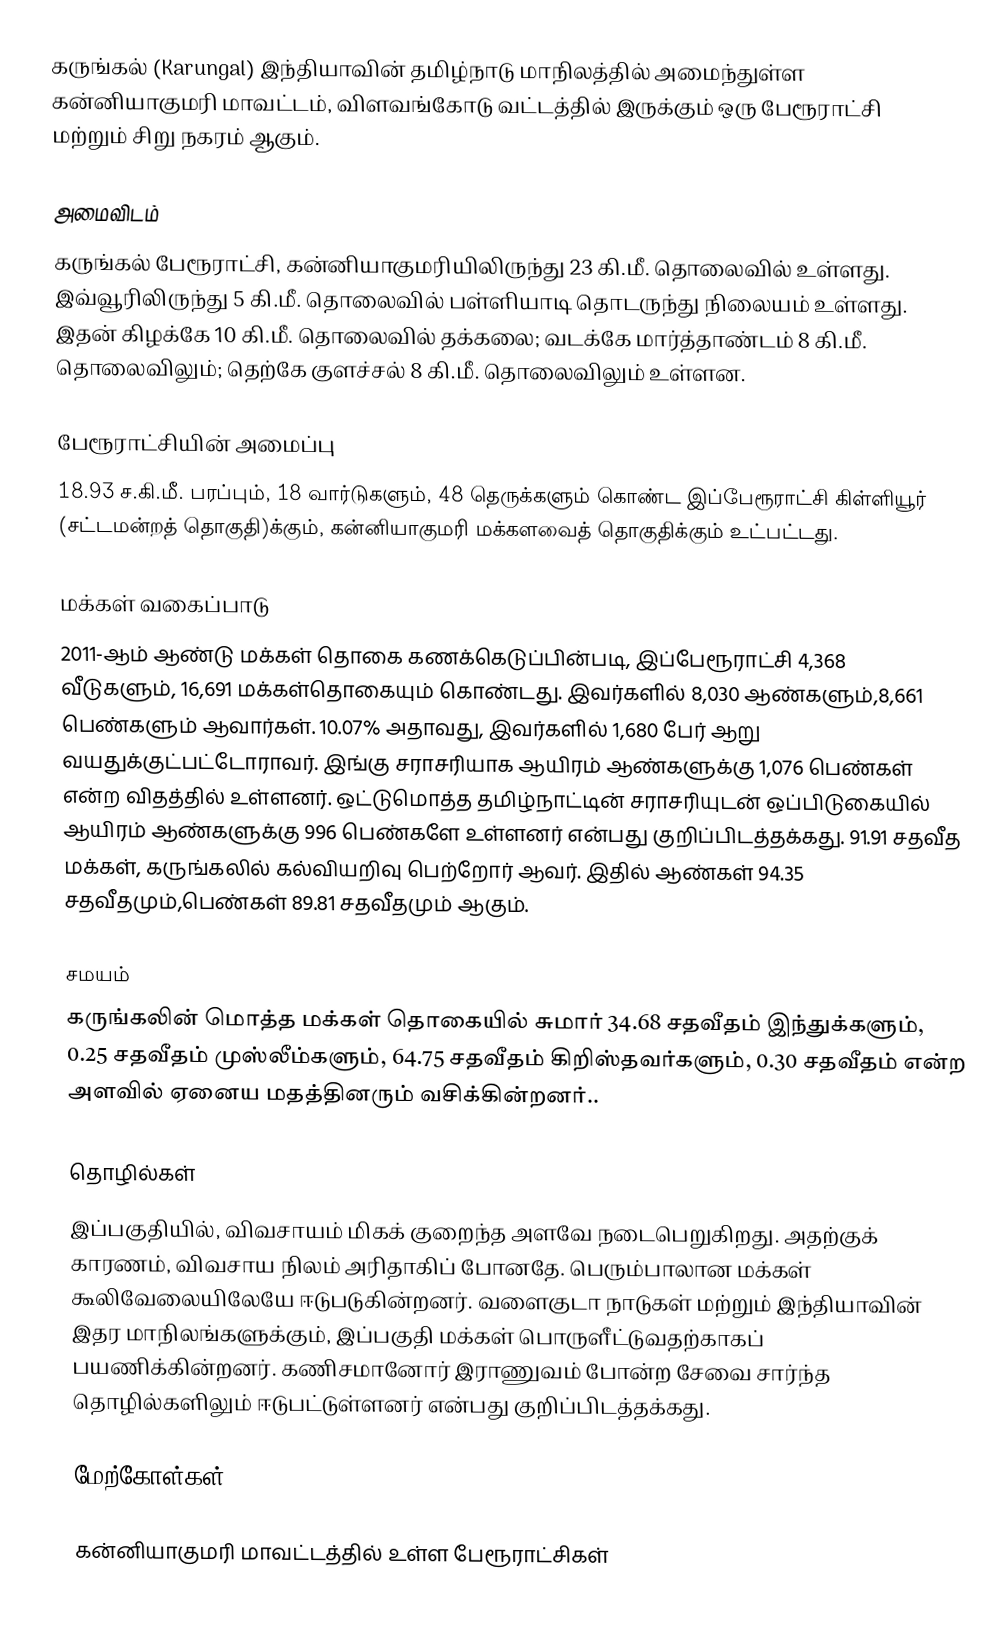
கருங்கல் (Karungal)  இந்தியாவின் தமிழ்நாடு மாநிலத்தில் அமைந்துள்ள கன்னியாகுமரி மாவட்டம், விளவங்கோடு வட்டத்தில் இருக்கும் ஒரு பேரூராட்சி மற்றும் சிறு நகரம் ஆகும்.

அமைவிடம்
கருங்கல் பேரூராட்சி, கன்னியாகுமரியிலிருந்து 23 கி.மீ. தொலைவில் உள்ளது. இவ்வூரிலிருந்து 5 கி.மீ. தொலைவில் பள்ளியாடி தொடருந்து நிலையம் உள்ளது. இதன் கிழக்கே 10 கி.மீ. தொலைவில் தக்கலை; வடக்கே மார்த்தாண்டம் 8 கி.மீ. தொலைவிலும்; தெற்கே குளச்சல் 8 கி.மீ. தொலைவிலும் உள்ளன.

பேரூராட்சியின் அமைப்பு
18.93 ச.கி.மீ. பரப்பும், 18 வார்டுகளும், 48 தெருக்களும் கொண்ட இப்பேரூராட்சி கிள்ளியூர் (சட்டமன்றத் தொகுதி)க்கும், கன்னியாகுமரி மக்களவைத் தொகுதிக்கும் உட்பட்டது.

மக்கள் வகைப்பாடு
2011-ஆம் ஆண்டு மக்கள் தொகை கணக்கெடுப்பின்படி,  இப்பேரூராட்சி                           4,368 வீடுகளும், 16,691 மக்கள்தொகையும் கொண்டது. இவர்களில் 8,030 ஆண்களும்,8,661 பெண்களும் ஆவார்கள். 10.07% அதாவது, இவர்களில் 1,680 பேர் ஆறு வயதுக்குட்பட்டோராவர். இங்கு சராசரியாக ஆயிரம் ஆண்களுக்கு 1,076 பெண்கள் என்ற விதத்தில் உள்ளனர். ஒட்டுமொத்த தமிழ்நாட்டின் சராசரியுடன் ஒப்பிடுகையில் ஆயிரம் ஆண்களுக்கு 996 பெண்களே உள்ளனர் என்பது குறிப்பிடத்தக்கது. 91.91 சதவீத மக்கள், கருங்கலில் கல்வியறிவு பெற்றோர் ஆவர். இதில் ஆண்கள் 94.35 சதவீதமும்,பெண்கள் 89.81 சதவீதமும் ஆகும்.

சமயம்
கருங்கலின் மொத்த மக்கள் தொகையில் சுமார் 34.68 சதவீதம் இந்துக்களும், 0.25 சதவீதம் முஸ்லீம்களும், 64.75 சதவீதம் கிறிஸ்தவர்களும், 0.30 சதவீதம் என்ற அளவில் ஏனைய மதத்தினரும் வசிக்கின்றனர்..

தொழில்கள்
இப்பகுதியில், விவசாயம் மிகக் குறைந்த அளவே நடைபெறுகிறது. அதற்குக் காரணம், விவசாய நிலம் அரிதாகிப் போனதே. பெரும்பாலான மக்கள் கூலிவேலையிலேயே ஈடுபடுகின்றனர். வளைகுடா நாடுகள் மற்றும் இந்தியாவின் இதர மாநிலங்களுக்கும், இப்பகுதி மக்கள் பொருளீட்டுவதற்காகப் பயணிக்கின்றனர். கணிசமானோர் இராணுவம் போன்ற சேவை சார்ந்த தொழில்களிலும் ஈடுபட்டுள்ளனர் என்பது குறிப்பிடத்தக்கது.

மேற்கோள்கள்

கன்னியாகுமரி மாவட்டத்தில் உள்ள பேரூராட்சிகள்